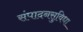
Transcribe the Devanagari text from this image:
संपादनसुविधा